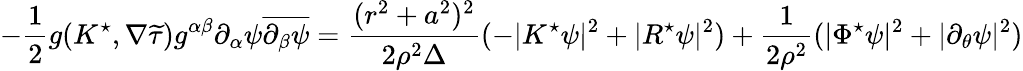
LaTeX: -\frac 12g(K^{\star},\nabla{\widetilde{\tau}})g^{\alpha\beta}\partial_{\alpha}\psi\overline{{\partial_{\beta}\psi}}=\frac{(r^{2}+a^{2})^{2}}{2\rho^{2}\Delta}(-|K^{\star}\psi|^{2}+|R^{\star}\psi|^{2})+\frac{1}{2\rho^{2}}(|\Phi^{\star}\psi|^{2}+|\partial_{\theta}\psi|^{2})